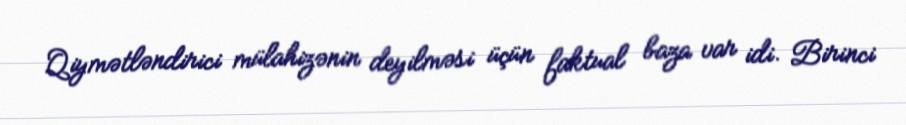
Qiymətləndirici mülahizənin deyilməsi üçün faktual baza var idi. Birinci